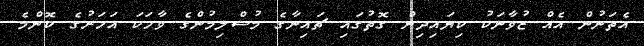
އެތަނުން އެއް ޒުވާނަކު ކިޔައިދިން ގޮތުގައި ޗައިނާގެ މުސްލިމުންގެ ވާހަކަ އަހަރުގެ ކޮންމެ